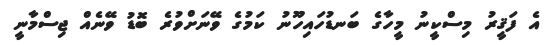
އެ ފަޤީރު މިސްކީނު މީހާގެ ބަނޑުހައިހޫނު ކަމުގެ ވޭނަށްވުރެ ބޮޑު ވޭނެެއް ޖިސްމާނީ